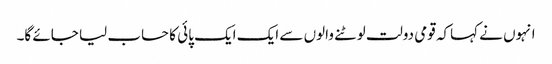
انہوں نے کہاکہ قومی دولت لوٹنے والوں سے ایک ایک پائی کا حساب لیا جائے گا۔